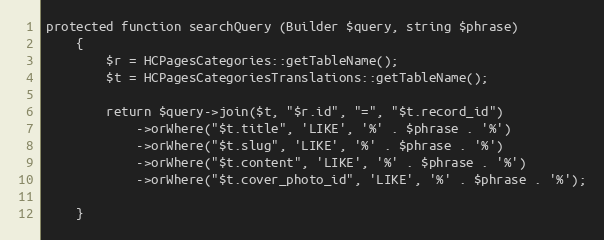
Language: PHP
protected function searchQuery (Builder $query, string $phrase)
    {
        $r = HCPagesCategories::getTableName();
        $t = HCPagesCategoriesTranslations::getTableName();

        return $query->join($t, "$r.id", "=", "$t.record_id")
            ->orWhere("$t.title", 'LIKE', '%' . $phrase . '%')
            ->orWhere("$t.slug", 'LIKE', '%' . $phrase . '%')
            ->orWhere("$t.content", 'LIKE', '%' . $phrase . '%')
            ->orWhere("$t.cover_photo_id", 'LIKE', '%' . $phrase . '%');

    }